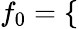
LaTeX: {{f}_{0}}=\left\{ \begin{array}{rl}\end{array}\right.